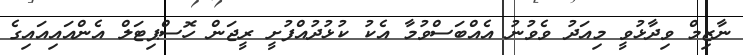
ނާޒިމް ވިދާޅުވީ މިއަދު ވެވުނު އެއްބަސްވުމާ އެކު ކުޅުދުއްފުށީ ރީޖަން ހޮސްޕިޓަލް އެންއައިއައިގެ